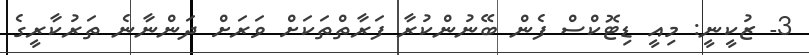
3- ޒުކީނީ: މިއީ ޑިޓޮކްސް ފެން ބޭނުންކުރާ ފަރާތްތަކަށް ވަރަށް ދަންނާނެ ތަރުކާރީގެ